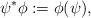
LaTeX: \begin{align*}\psi^*\phi:=\phi(\psi),\end{align*}